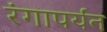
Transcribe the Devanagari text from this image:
रंगापर्यंत